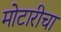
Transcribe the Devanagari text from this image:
मोटारीचा